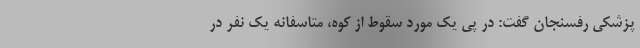
پزشکی رفسنجان گفت: در پی یک مورد سقوط از کوه، متاسفانه یک نفر در